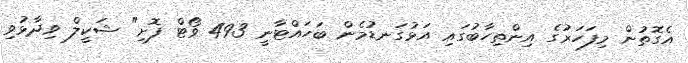
އެގޮތުން މިފަހަރުގެ އިންތިހާބުގައި އަޅުގަނޑުމެން ބަހައްޓާނީ 493 ވޯޓް ފޮށި" ޝަކީލް ވިދާޅުވި